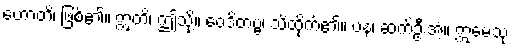
ဟောတိ၊ ဖြစ်၏။ ဣတိ၊ ဤသို့။ ဝေဒိတဗ္ဗံ၊ သိထိုက်၏။ ပန၊ ဆက်ဦးအံ့။ ဣမေသု